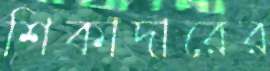
শিকাদারের